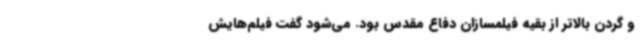
و گردن بالاتر از بقیه فیلمسازان دفاع مقدس بود. می‌شود گفت فیلم‌هایش